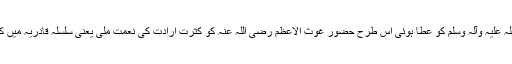
جس طرح کثرتِ امت حضور صلی اللہ علیہ وآلہ وسلم کو عطا ہوئی اس طرح حضور غوث الاعظم رضی اللہ عنہ کو کثرتِ ارادت کی نعمت ملی یعنی سلسلہ قادریہ میں کثیر تعداد میں مریدین عطا کئے گئے۔